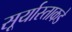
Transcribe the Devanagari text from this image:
सूर्यास्ताकडे